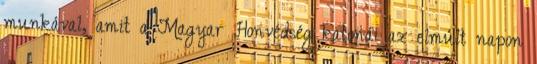
munkával, amit a Magyar Honvédség katonái az elmúlt napon